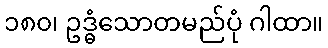
၁၈၀၊ ဥဒ္ဓံသောတမည်ပုံ ဂါထာ။